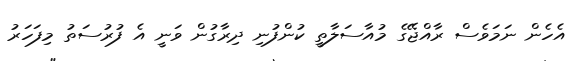
އެހެން ނަމަވެސް ރާއްޖޭގެ މުއާސަލާތީ ކުންފުނި ދިރާގުން ވަނީ އެ ފުރުސަތު މިފަހަރު